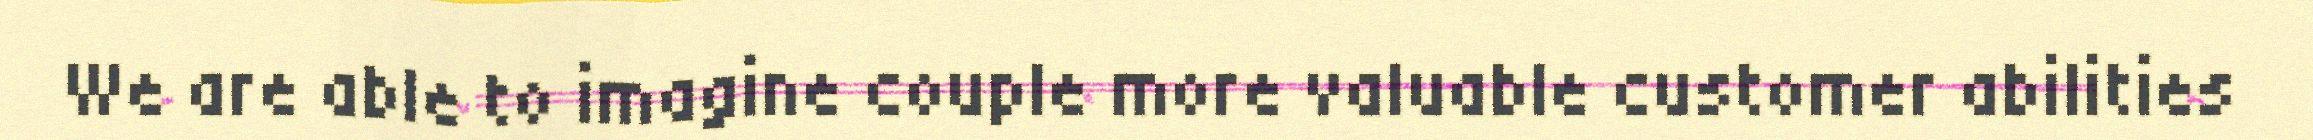
We are able to imagine couple more valuable customer abilities